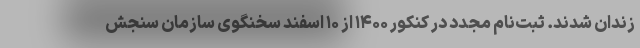
زندان شدند. ثبت‌نام مجدد در کنکور ۱۴۰۰ از ۱۰ اسفند سخنگوی سازمان سنجش